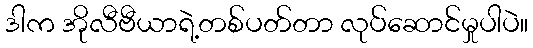
ဒါက အိုလီဗီယာရဲ့တစ်ပတ်တာ လုပ်ဆောင်မှုပါပဲ။